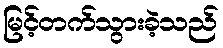
မြင့်တက်သွားခဲ့သည်